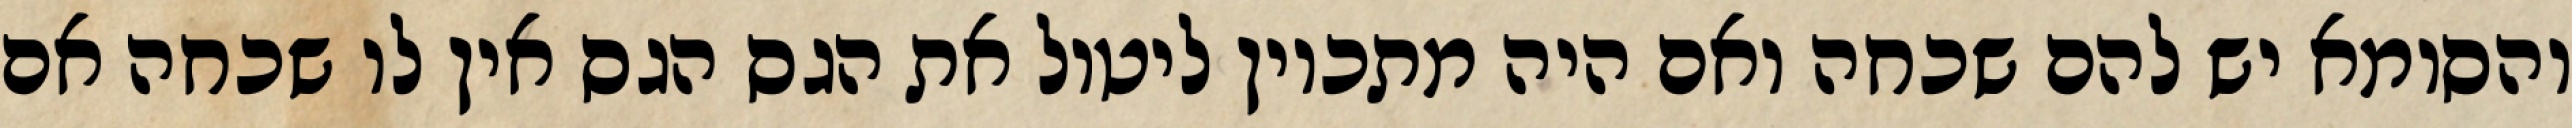
והסומא יש להם שכחה ואם היה מתכוין ליטול את הגס הגס אין לו שכחה אם